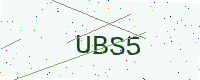
Text: UBS5